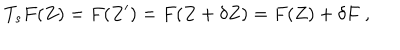
LaTeX: T _ { s } F ( Z ) = F ( Z ^ { \prime } ) = F ( Z + \delta Z ) = F ( Z ) + \delta F ~ ,